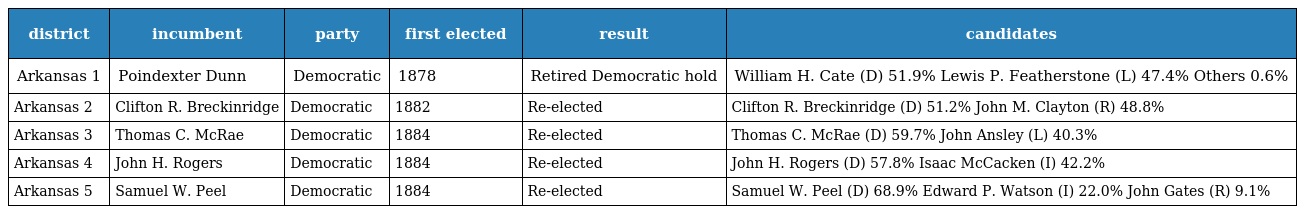
| district | incumbent | party | first elected | result | candidates |
 | --- | --- | --- | --- | --- | --- |
 | Arkansas 1 | Poindexter Dunn | Democratic | 1878 | Retired Democratic hold | William H. Cate (D) 51.9% Lewis P. Featherstone (L) 47.4% Others 0.6% |
 | Arkansas 2 | Clifton R. Breckinridge | Democratic | 1882 | Re-elected | Clifton R. Breckinridge (D) 51.2% John M. Clayton (R) 48.8% |
 | Arkansas 3 | Thomas C. McRae | Democratic | 1884 | Re-elected | Thomas C. McRae (D) 59.7% John Ansley (L) 40.3% |
 | Arkansas 4 | John H. Rogers | Democratic | 1884 | Re-elected | John H. Rogers (D) 57.8% Isaac McCacken (I) 42.2% |
 | Arkansas 5 | Samuel W. Peel | Democratic | 1884 | Re-elected | Samuel W. Peel (D) 68.9% Edward P. Watson (I) 22.0% John Gates (R) 9.1% |